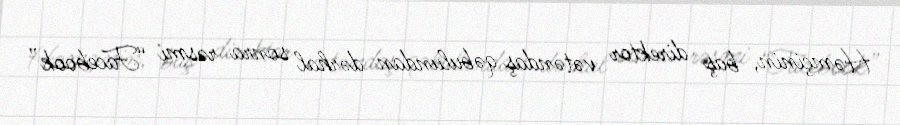
Həmçinin, baş direktor vətəndaş qəbulundan dərhal sonra rəsmi “Facebook”